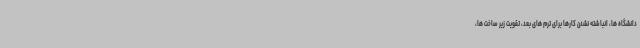
دانشگاه ها، انباشته نشدن کارها برای ترم های بعد، تقویت زیر ساخت ها،